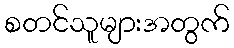
စတင်သူများအတွက်